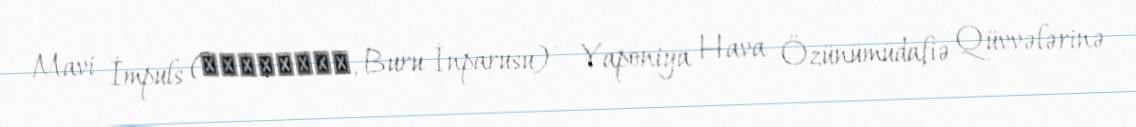
Mavi İmpuls (ブルーインパルス, Buru İnparusu) — Yaponiya Hava Özünümüdafiə Qüvvələrinə